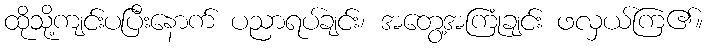
ထိုသို့ကျင်းပပြီးနောက် ပညာရပ်ချင်း၊ အတွေ့အကြုံချင်း ဖလှယ်ကြ၏။